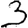
Digit: 3